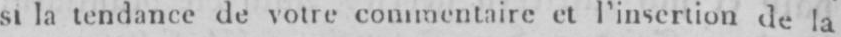
si la tendance de votre commentaire et l’insertion de la